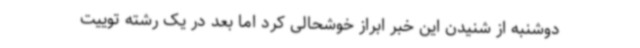
دوشنبه از شنیدن این خبر ابراز خوشحالی کرد اما بعد در یک رشته توییت